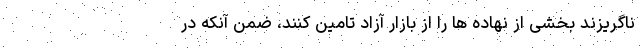
ناگریزند بخشی از نهاده ها را از بازار آزاد تامین کنند، ضمن آنکه در